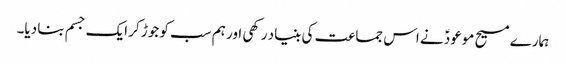
ہمارے مسیح موعودؑ نے اس جماعت کی بنیاد رکھی اور ہم سب کو جوڑ کر ایک جسم بنا دیا۔